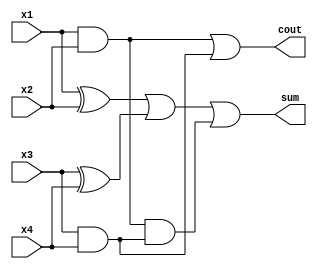
/* Approximate 4-2 Compressor */

module ACP (
    input  x1, x2, x3, x4,
    output sum, cout
);
    wire   w1, w2;

    assign w1 = x1 & x2;
    assign w2 = x3 & x4;
    assign sum = (x1 ^ x2) | (x3 ^ x4) | w1 & w2;
    assign cout = w1 | w2;
    
endmodule